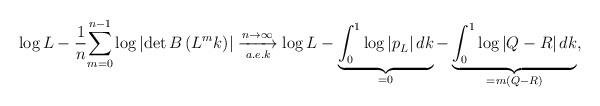
LaTeX: \begin{align*}\log L-\dfrac{1}{n}\underset{m=0}{\overset{n-1}{\sum}}\log \left| \det B\left(L^{m}k\right)\right|\underset{a.e.k}{\xrightarrow{n\rightarrow\infty}}\log L-\underbrace{\int_{0}^{1}\log\left|p^{}_{L}\right|dk}_{=0}-\underbrace{\int_{0}^{1}\log\left|Q-R\right|dk}_{=m\left(Q-R\right)},\end{align*}